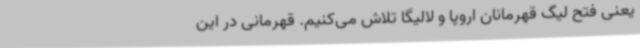
یعنی فتح لیگ قهرمانان اروپا و لالیگا تلاش می‌کنیم. قهرمانی در این